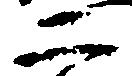
二